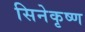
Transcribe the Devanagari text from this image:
सिनेकृष्ण